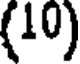
(10)